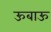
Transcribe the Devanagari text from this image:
ऊबाऊ